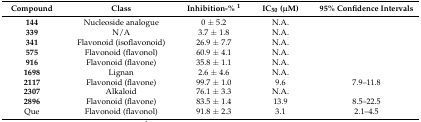
<table><thead><tr><td><b>Compound</b></td><td><b>Class</b></td><td><b>Inhibition-% <sup>1</sup></b></td><td><b>IC<sub>50</sub> (μM)</b></td><td><b>95% Confidence Intervals</b></td></tr></thead><tbody><tr><td><b>144</b></td><td>Nucleoside analogue</td><td>0 ± 5.2</td><td>N.A.</td><td></td></tr><tr><td><b>339</b></td><td>N/A</td><td>3.7 ± 1.8</td><td>N.A.</td><td></td></tr><tr><td><b>341</b></td><td>Flavonoid (isoflavonoid)</td><td>26.9 ± 7.7</td><td>N.A.</td><td></td></tr><tr><td><b>575</b></td><td>Flavonoid (flavonol)</td><td>60.9 ± 4.1</td><td>N.A.</td><td></td></tr><tr><td><b>916</b></td><td>Flavonoid (flavone)</td><td>35.8 ± 1.1</td><td>N.A.</td><td></td></tr><tr><td><b>1698</b></td><td>Lignan</td><td>2.6 ± 4.6</td><td>N.A.</td><td></td></tr><tr><td><b>2117</b></td><td>Flavonoid (flavone)</td><td>99.7 ± 1.0</td><td>9.6</td><td>7.9–11.8</td></tr><tr><td><b>2307</b></td><td>Alkaloid</td><td>76.1 ± 3.3</td><td>N.A.</td><td></td></tr><tr><td><b>2896</b></td><td>Flavonoid (flavone)</td><td>83.5 ± 1.4</td><td>13.9</td><td>8.5–22.5</td></tr><tr><td>Que</td><td>Flavonoid (flavonol)</td><td>91.8 ± 2.3</td><td>3.1</td><td>2.1–4.5</td></tr></tbody></table>